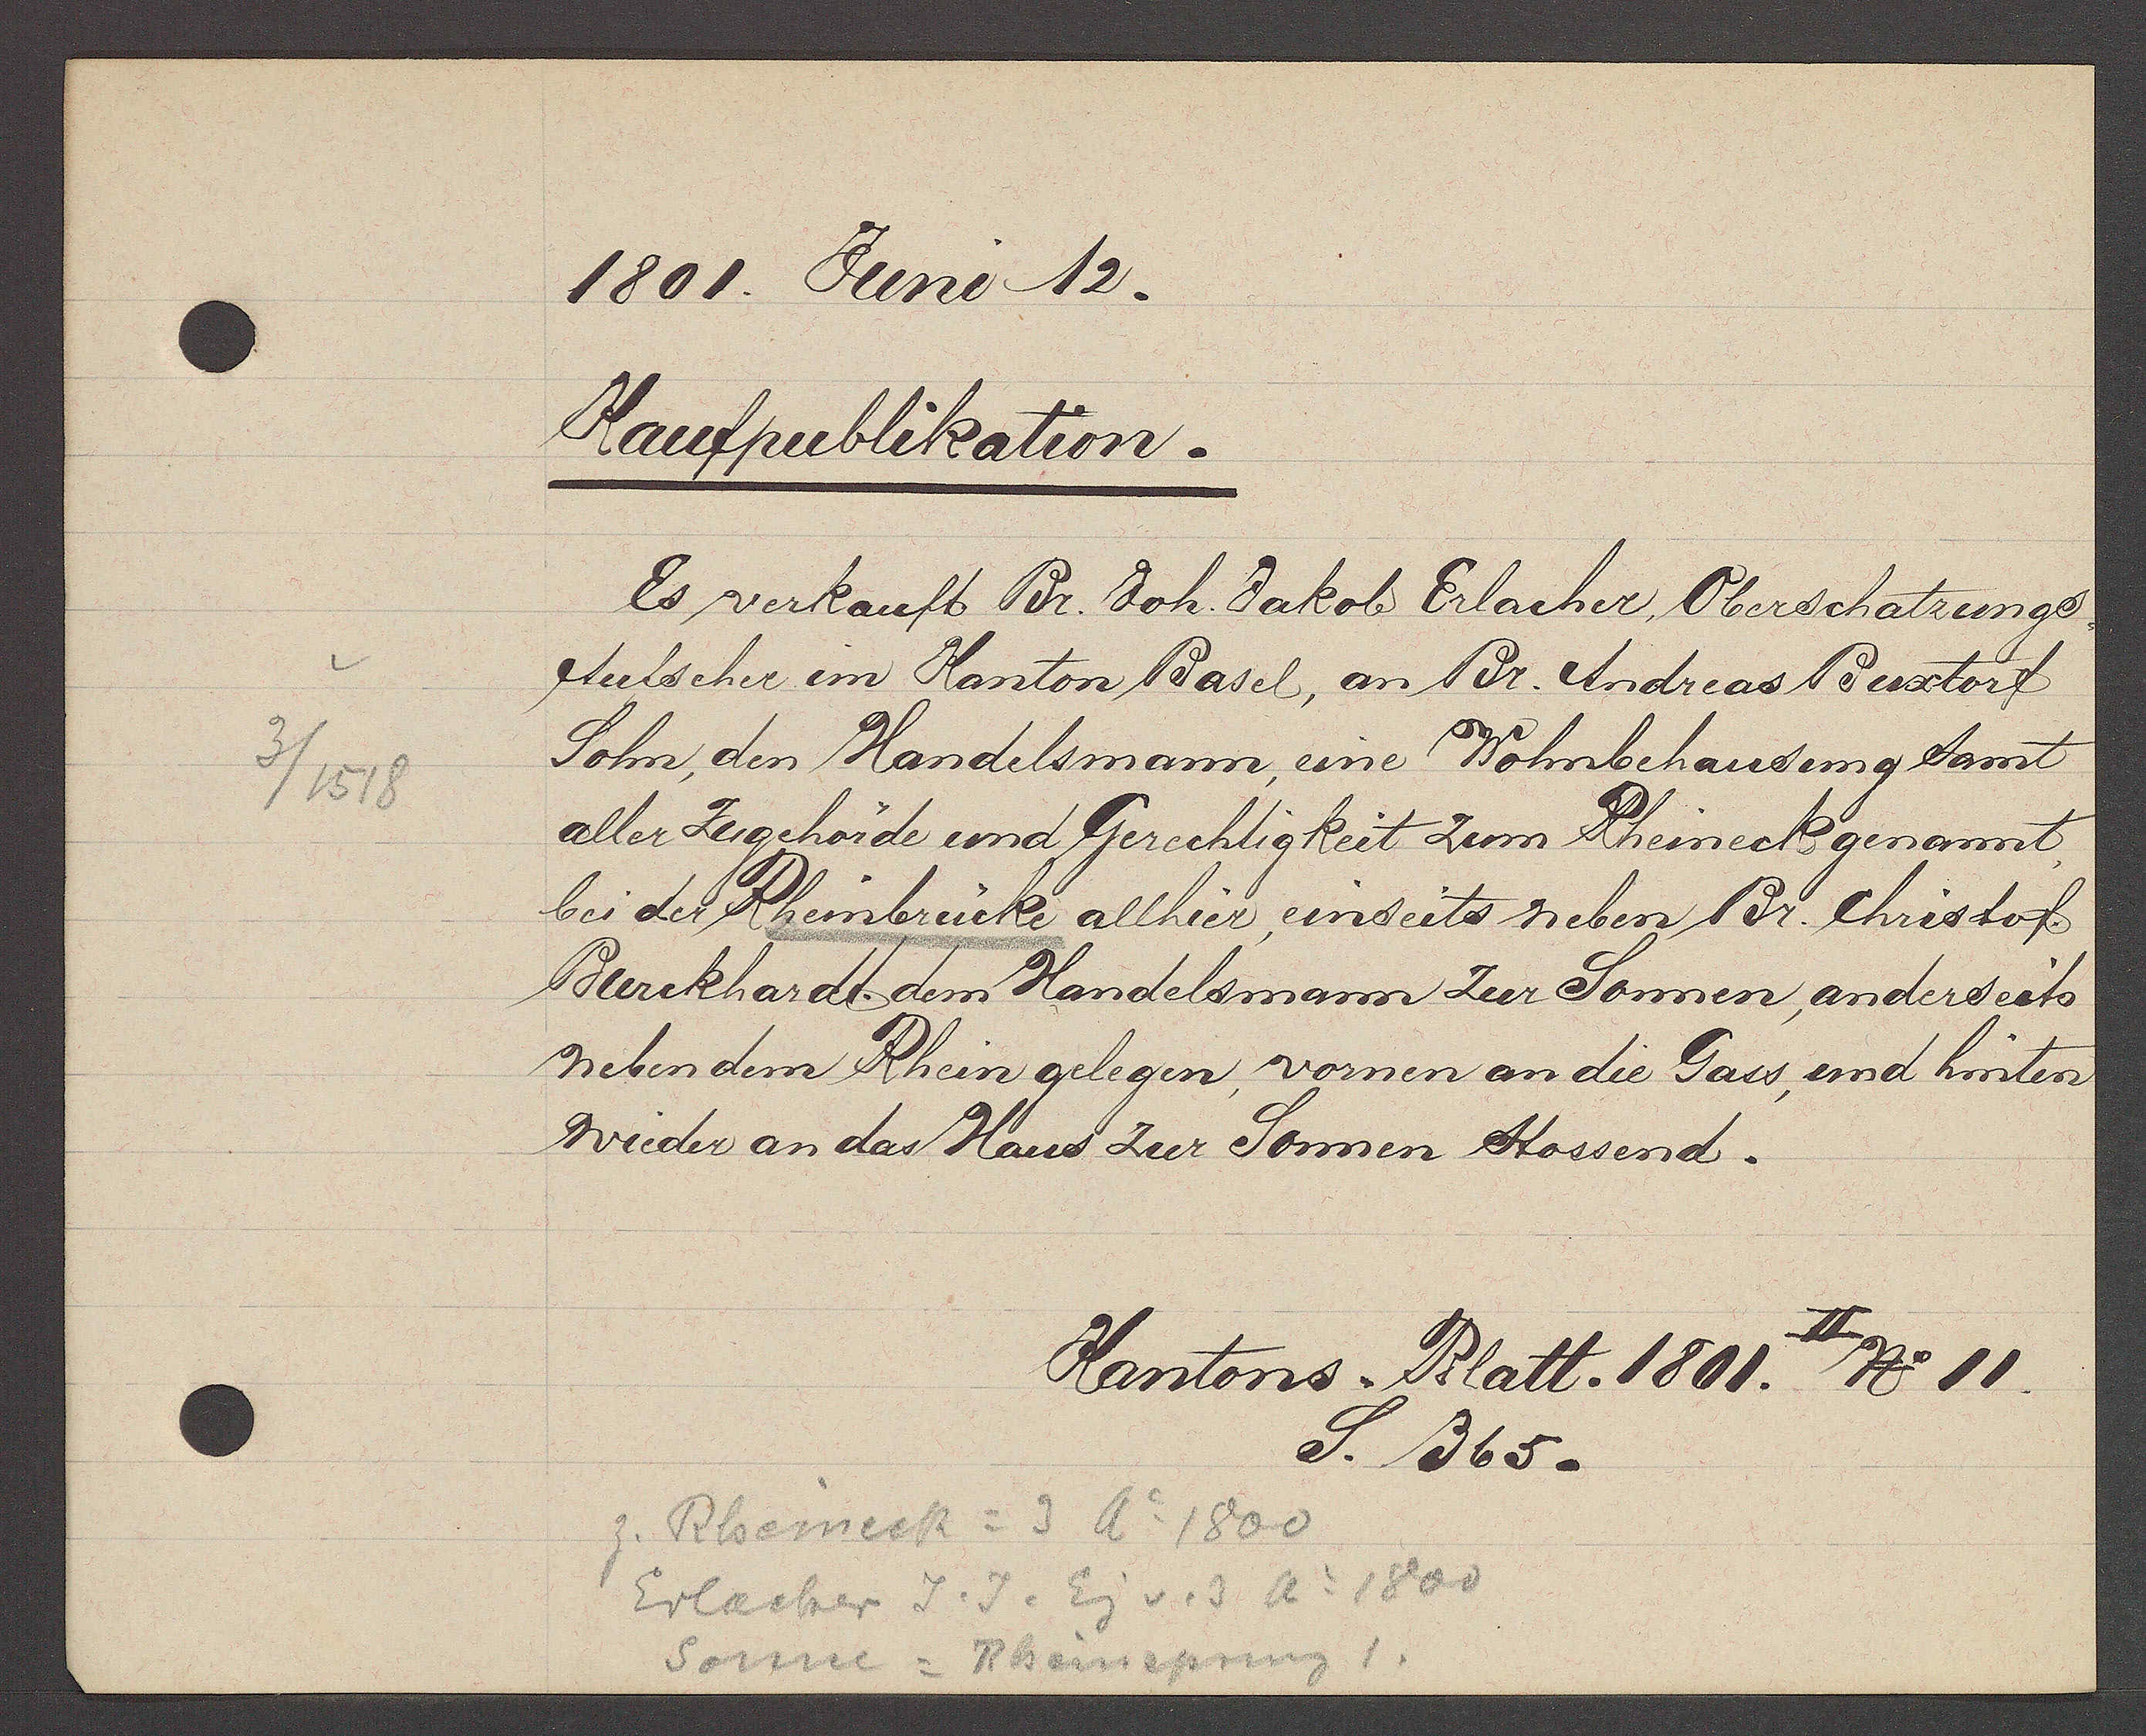
Transcript:
3 / 1518

1801. Juni 12.

Kaufpublikation.
Es verkauft Br. Joh. Jakob Erlacher Oberschatzungs
Aufseher im Kanton Basel, an Br. Andreas Buxtorf
Sohn, den Handelsmann, eine Wohnbehausung samt
aller Zugehörde und Gerechtigkeit zum Rheineck genannt,
bei der Rheinbrücke allhier, einseits neben Br. Christof
Burckhardt dem Handelsmann zur Sonnen, anderseits
neben dem Rhein gelegen, vornen an die Gass, und hinten
wieder an das Haus zur Sonnen stossend.
2.

Kantons. Blatt. 1801 No 11.
S. 365.

z. Rheineck = 3 Ao 1800
Erlacher J. J. Eig v. 3 Ao 1800
Sonne = Rheinsprung 1.